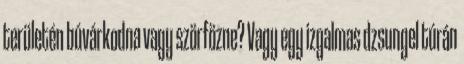
területén búvárkodna vagy szörfözne? Vagy egy izgalmas dzsungel túrán